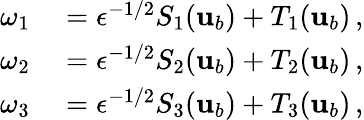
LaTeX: \begin{array}{rl}{\omega_{1}}&{{}=\epsilon^{-1/2}S_{1}({\mathbf{u}}_{b})+T_{1}({\mathbf{u}}_{b})\, ,}\\ {\omega_{2}}&{{}=\epsilon^{-1/2}S_{2}({\mathbf{u}}_{b})+T_{2}({\mathbf{u}}_{b})\, ,}\\ {\omega_{3}}&{{}=\epsilon^{-1/2}S_{3}({\mathbf{u}}_{b})+T_{3}({\mathbf{u}}_{b})\, ,}\end{array}